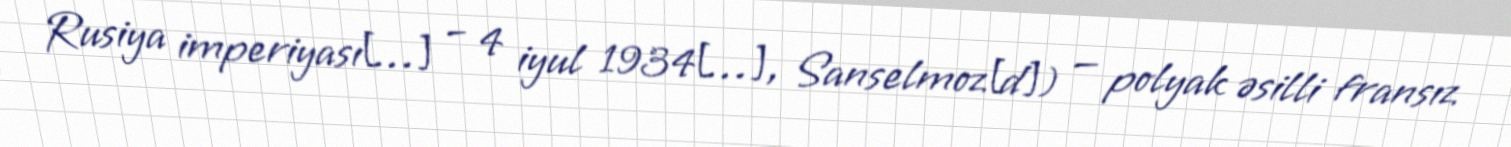
Rusiya imperiyası[…] – 4 iyul 1934[…], Sanselmoz[d]) — polyak əsilli fransız